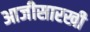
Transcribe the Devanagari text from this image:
आजीसारखी